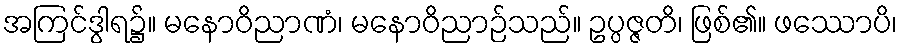
အကြင်ဒွါရ၌။ မနောဝိညာဏံ၊ မနောဝိညာဉ်သည်။ ဥပ္ပဇ္ဇတိ၊ ဖြစ်၏။ ဖဿောပိ၊